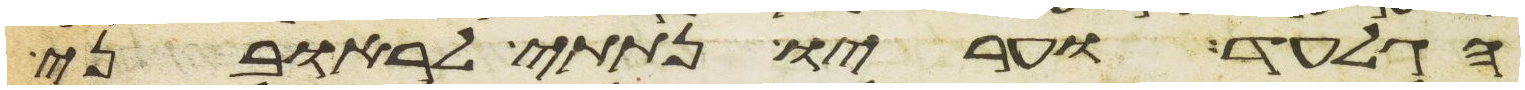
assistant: הגלעד ועריו נתתי לראובני